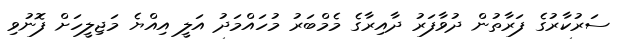
ސަރުކާރުގެ ފަރާތުން ދުވާފަރު ދާއިރާގެ މެމްބަރު މުހައްމަދު އަލީ އިއްޔެ މަޖިލީހަށް ފޮނުވި